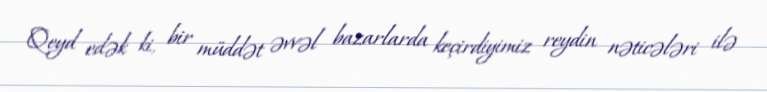
Qeyd edək ki, bir müddət əvvəl bazarlarda keçirdiyimiz reydin nəticələri ilə